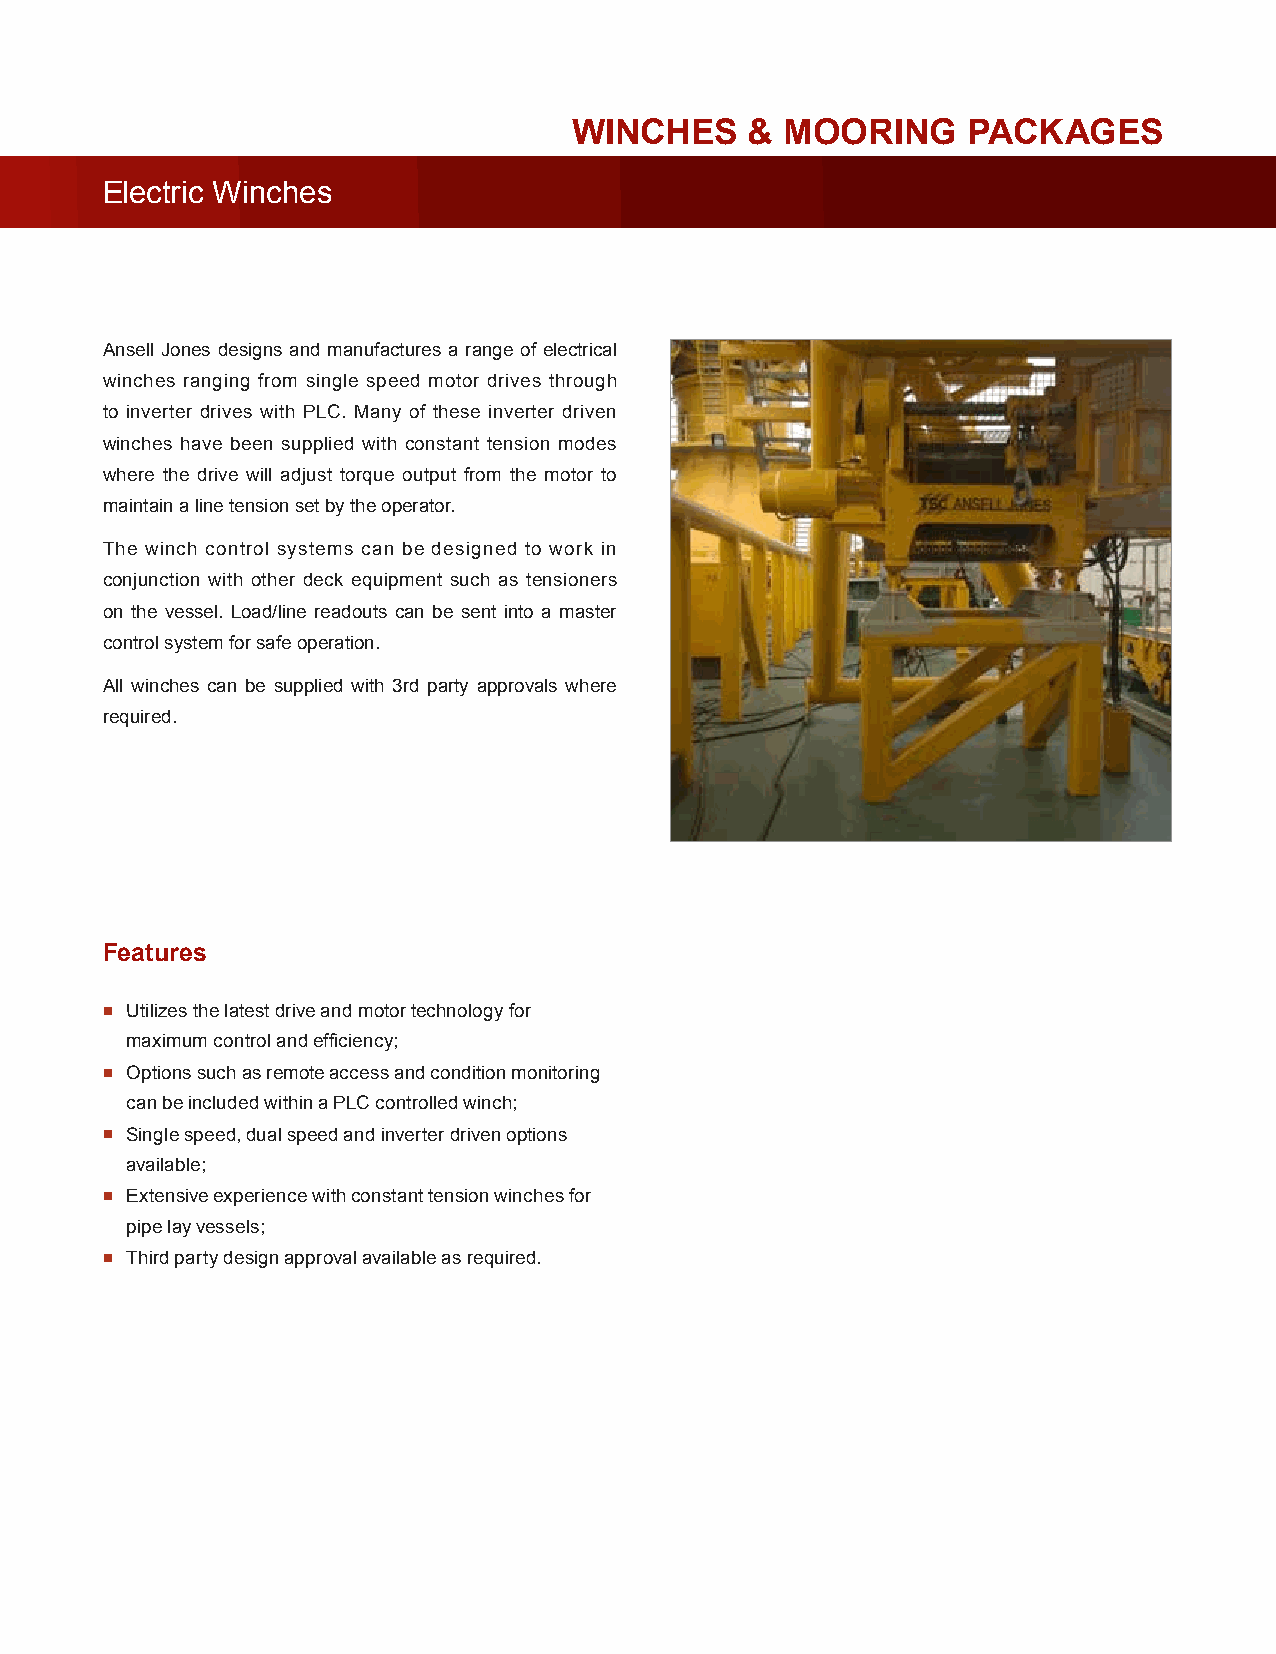
WINCHES     & MOORING     PACKAGES
 Electric Winches
 Ansell Jones designs and manufactures a range of electrical
 winches ranging from single speed motor drives through
 to inverter drives with PLC. Many of these inverter driven
 winches have been supplied with constant tension modes
 where the drive will adjust torque output from the motor to
 maintain a line tension set by the operator.
 The winch control systems can be designed to work in
 conjunction with other deck equipment such as tensioners
 on the vessel. Load/line readouts can be sent into a master
 control system for safe operation.
 All winches can be supplied with 3rd party approvals where
 required.
 Features
 ▪ Utilizes the latest drive and motor technology for
 maximum control and efficiency;
 ▪ Options such as remote access and condition monitoring
 can be included within a PLC controlled winch;
 ▪ Single speed, dual speed and inverter driven options
 available;
 ▪ Extensive experience with constant tension winches for
 pipe lay vessels;
 ▪ Third party design approval available as required.